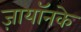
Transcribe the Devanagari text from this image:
ज़ायॉनके